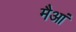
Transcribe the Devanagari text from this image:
मैआं